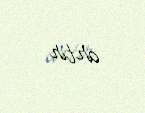
artır.